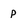
Character: P